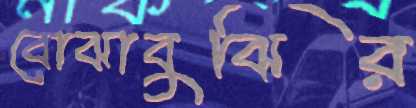
বোঝাবুঝির